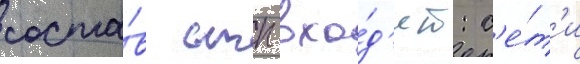
соста́в стп вхо́д'ят: с'е́т'и